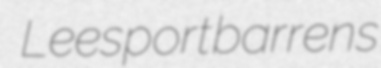
Leesport barrens